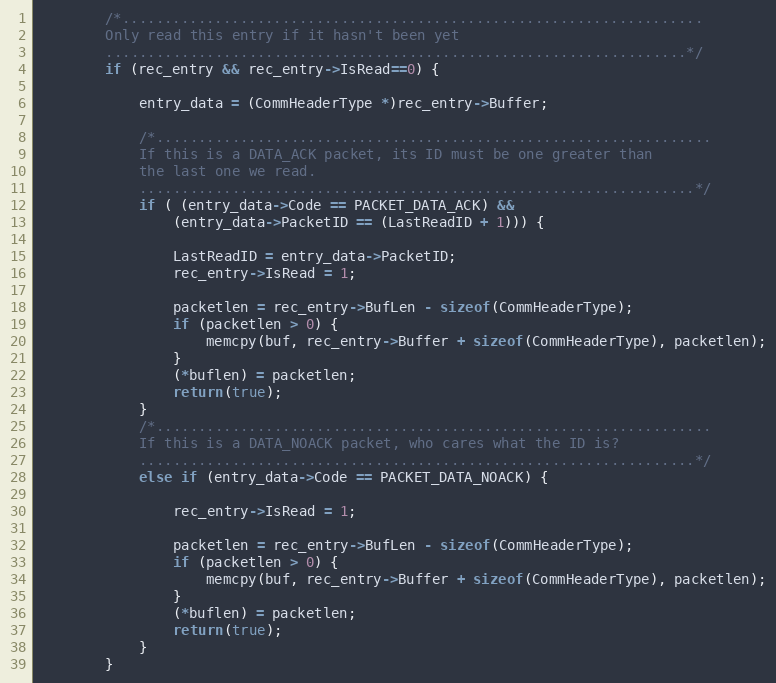
Language: C++
		/*.....................................................................
		Only read this entry if it hasn't been yet
		.....................................................................*/
		if (rec_entry && rec_entry->IsRead==0) {

			entry_data = (CommHeaderType *)rec_entry->Buffer;

			/*..................................................................
			If this is a DATA_ACK packet, its ID must be one greater than
			the last one we read.
			..................................................................*/
			if ( (entry_data->Code == PACKET_DATA_ACK) &&
				(entry_data->PacketID == (LastReadID + 1))) {

				LastReadID = entry_data->PacketID;
				rec_entry->IsRead = 1;

				packetlen = rec_entry->BufLen - sizeof(CommHeaderType);
				if (packetlen > 0) {
					memcpy(buf, rec_entry->Buffer + sizeof(CommHeaderType), packetlen);
				}
				(*buflen) = packetlen;
				return(true);
			}
			/*..................................................................
			If this is a DATA_NOACK packet, who cares what the ID is?
			..................................................................*/
			else if (entry_data->Code == PACKET_DATA_NOACK) {

				rec_entry->IsRead = 1;

				packetlen = rec_entry->BufLen - sizeof(CommHeaderType);
				if (packetlen > 0) {
					memcpy(buf, rec_entry->Buffer + sizeof(CommHeaderType), packetlen);
				}
				(*buflen) = packetlen;
				return(true);
			}
		}